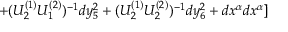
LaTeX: + ( U _ { 2 } ^ { ( 1 ) } U _ { 1 } ^ { ( 2 ) } ) ^ { - 1 } d y _ { 5 } ^ { 2 } + ( U _ { 2 } ^ { ( 1 ) } U _ { 2 } ^ { ( 2 ) } ) ^ { - 1 } d y _ { 6 } ^ { 2 } + d x ^ { \alpha } d x ^ { \alpha } ]